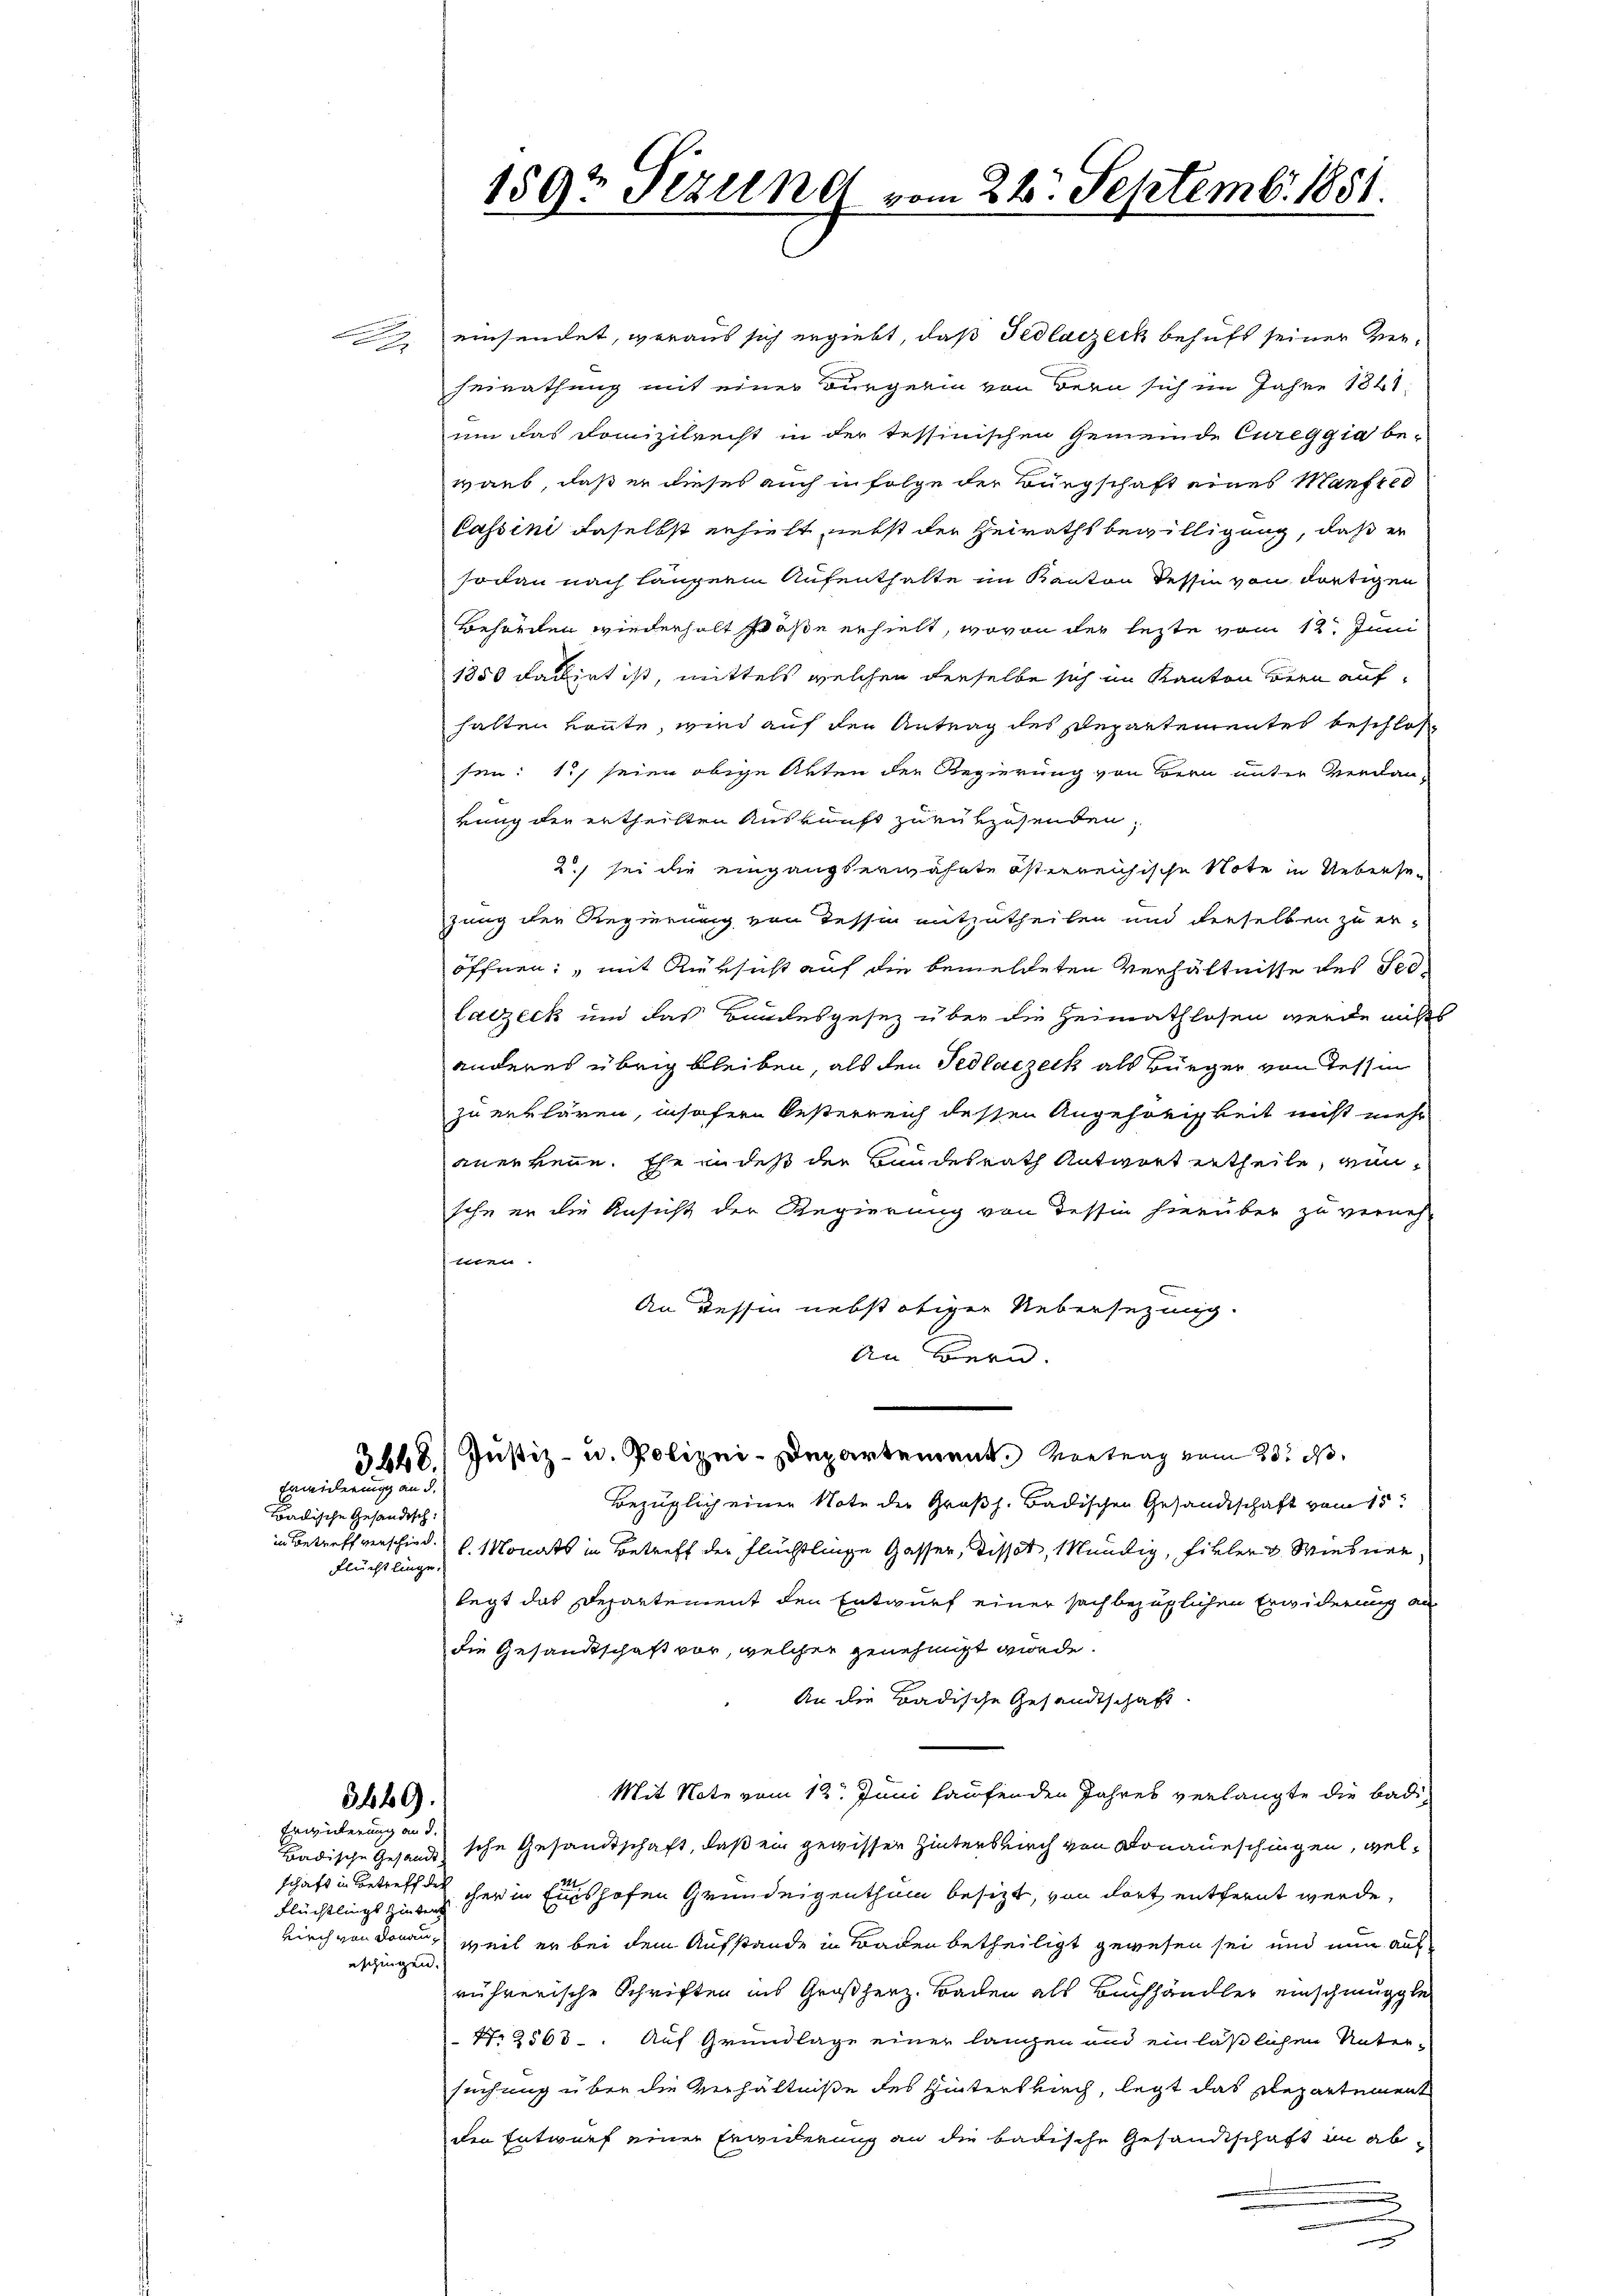
Erwiderung an d.

Badische Gesandtsch:
Flüchtlinge.

3449).
Erwickerung an d.

Flüchtlings Zinters
eschingen.

l
159t Fezung vom 22. Septemb. 1881.

einsendet, woraus sich ergiebt, daß Fedlaczeck behuft seiner Verheirathung mit einer Bürgerin von dern sich im Jahre 181
um das Domizilrecht in der Tessinischen Gemeinde Cureggia be-
warb, daß er dieses auch in Folge der Bürgschaft eines Manfred
Cassini daselbst erhielt, nebst der Heirathsbewilligung, daß er
sodann nach längerin Aufenthalte im Kanton dessin von dortigen
Behörden wiederholt staße erhielt, wovon der lezte vom 12. Juni
1850 datirt ist, mittels welchen derselbe sich im Kanton Bern aufhalten konnte, wird auf den Antrag des Departementes beschlos
sen: 1) seien obige Akten der Regierung von Bern unter Verdan-
rung der ertheilten Auskunft zurükzusenden,
2) sei die eingangserwähnte österreichische Note in Uebersezung der Regierung von Tessin mitzutheilen und derselben zu er-
öffnen: „mit Rüksicht auf die bemeldeten Verhältnisse des Seelalzeck und das Bundesgesez über die Heimathlosen werde nichts
anderes übrig bleiben, als den Tedlaczeck als Bürger von dessen
zu erklären, insofern Oesterreich dessen Angehörigkeit nicht mehr
anerkenne. Ehe indeß der Bundesrath Antwort ertheile, wensche er die Ansicht der Regierung von dessin hierüber zu verneh-
hmen.
An Tessin nebst obiger Uebersezung.
An Bern.
5648. Justiz- u. Polizei-Departement. Vortrag vom 23. d.
Bezüglich einen Note der Großh. Badischen Gesandtschaft vom 15t
in Betreff verschied v. Monats in Betreff der Flüchtlinge Gasser, Disset, kündig, fikler & Wiesner
legt das Departement den Entwurf einer sach bezüglichen Erwiderung an
die Gesandtschaft vor, welcher genehmigt wurde.
An die Badische Gesandtschaft.
Mit Note vom 12. Juni laufenden Jahres verlangte die Badi¬
Badische Gesandtsche Gesandtschaft, daß ein gewisser Hinterbrich von Donaueschingen, welschaft in Betreff den her in einshofen Grundeigenthum besizt, von dort entfernt werde,
kirch von donau, weil er bei dem Aufstande in Baden betheiligt gewesen sei und nun auf
rührerische Schriften ins Großherz. Bachen als Buchhändler einschmuggte
 N. 2568. Auf Grundlage einer langen und einläßlichen Unter-
suchung über die Verhältniße des Hintersbuch, legt das Departement
den Entwurf einer Erwiderung an die badische Gesandtschaft in ab¬